Malaria in India - Number 2
Disease focus: Malaria
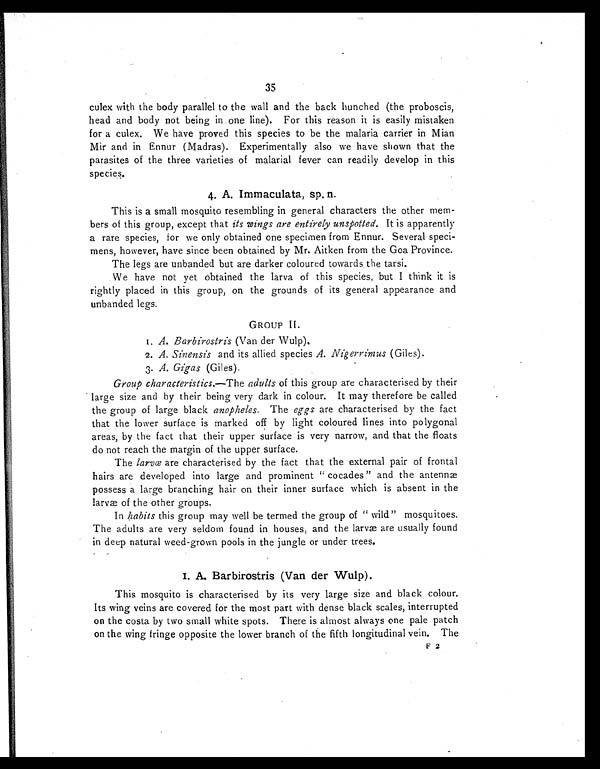
35
culex with the body parallel to the wall and the back hunched (the proboscis,
head and body not being in one line). For this reason it is easily mistaken
for a culex. We have proved this species to be the malaria carrier in Mian
Mir and in Ennur (Madras). Experimentally also we have shown that the
parasites of the three varieties of malarial fever can readily develop in this
species.
4. A. Immaculata, sp. n.
This is a small mosquito resembling in general characters the other mem-
bers of this group, except that its wings are entirely unspotted. It is apparently
a rare species, for we only obtained one specimen from Ennur. Several speci-
mens, however, have since been obtained by Mr. Aitken from the Goa Province.
The legs are unbanded but are darker coloured towards the tarsi.
We have not yet obtained the larva of this species, but I think it is
rightly placed in this group, on the grounds of its general appearance and
unbanded legs.
GROUP II.
1. A. Barbirostris (Van der Wul p).
2. A. Sinensis and its allied species A. Nigerrimus (Giles).
3. A. Gigas (Giles).
Group characteristics.—The adults of this group are characterised by their
large size and by their being very dark in colour. It may therefore be called
the group of large black anopheles. The eggs are characterised by the fact
that the lower surface is marked off by light coloured lines into polygonal
areas, by the fact that their upper surface is very narrow, and that the floats
do not reach the margin of the upper surface.
The larvœ are characterised by the fact that the external pair of frontal
hairs are developed into large and prominent " cocades" and the antennæ
possess a large branching hair on their inner surface which is absent in the
larvæ of the other groups.
In habits this group may well be termed the group of "wild" mosquitoes.
The adults are very seldom found in houses, and the larvæ are usually found
in deep natural weed-grown pools in the jungle or under trees.
I. A. Barbirostris (Van der Wulp).
This mosquito is characterised by its very large size and black colour.
Its wing veins are covered for the most part with dense black scales, interrupted
on the costa by two small white spots. There is almost always one pale patch
on the wing fringe opposite the lower branch of the fifth longitudinal vein. The
F 2